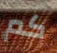
كم